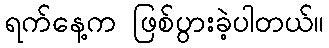
ရက်နေ့က ဖြစ်ပွားခဲ့ပါတယ်။